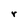
Character: r